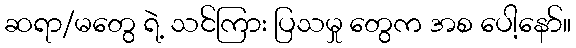
ဆရာ/မတွေ ရဲ့ သင်ကြား ပြသမှု တွေက အစ ပေါ့နော်။